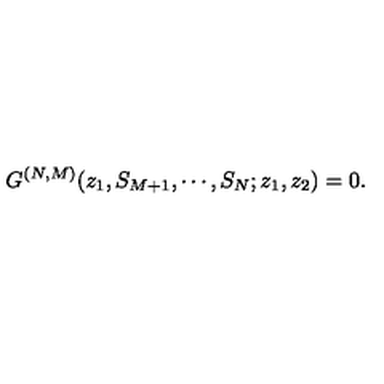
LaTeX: G ^ { ( N , M ) } ( z _ { 1 } , S _ { M + 1 } , \cdots , S _ { N } ; z _ { 1 } , z _ { 2 } ) = 0 .